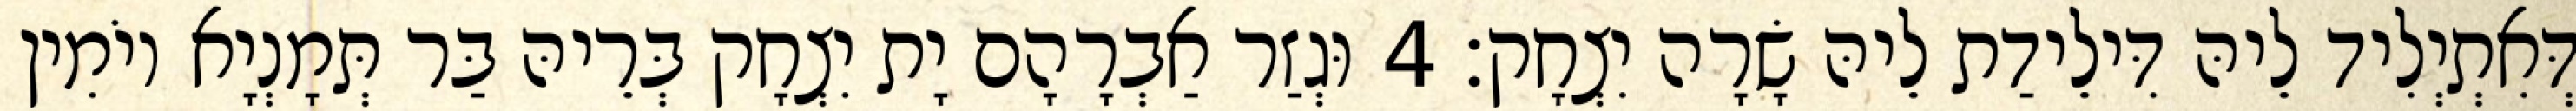
דְּאִתְיְלִיד לֵיהּ דִּילֵידַת לֵיהּ שָׂרָה יִצְחָק׃ 4 וּגְזַר אַבְרָהָם יָת יִצְחָק בְּרֵיהּ בַּר תְּמָנְיָא יוֹמִין